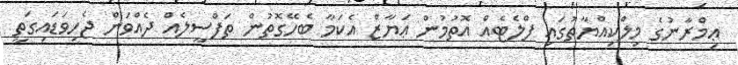
ޢިމްރާނުގެ މިލްކިއްޔާތުގައި ފްލެޓެއް އޮތުމުން ޢަޔާޒް އެކަމާ ބެހޭގޮތުން ތަފްސީލެއް ދެއްވަން ޖެހިވަޑައިގަތީ